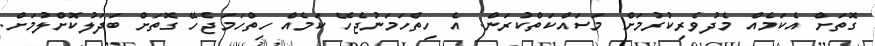
ގޮތަށް އެކަމެއް މެދުވެރިކުރުމަށް މަސައްކަތްކުރަން. އެ ހިތްހަމަނުޖެހޭ ކަމެއް ހިތްހަމަޖެހޭ ގޮތަށް ބަދަލުކޮށްލުމަށް.